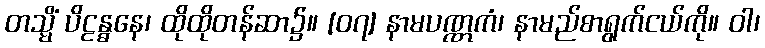
တသ္မိံ ပိဠန္ဓနေ၊ ထိုထိုတန်ဆာ၌။ [၀၇] နာမပဏ္ဏကံ၊ နာမည်စာရွက်ငယ်ကို။ ဝါ၊